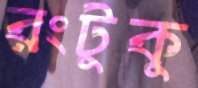
রংটুকু